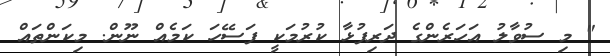
" މި ސުވާލު އަހަރެންގެ ދަރިފުޅާ ކުރުމަކީ ފަސޭހަ ކަމެއް ނޫން. މިކަންތައް